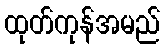
ထုတ်ကုန်အမည်